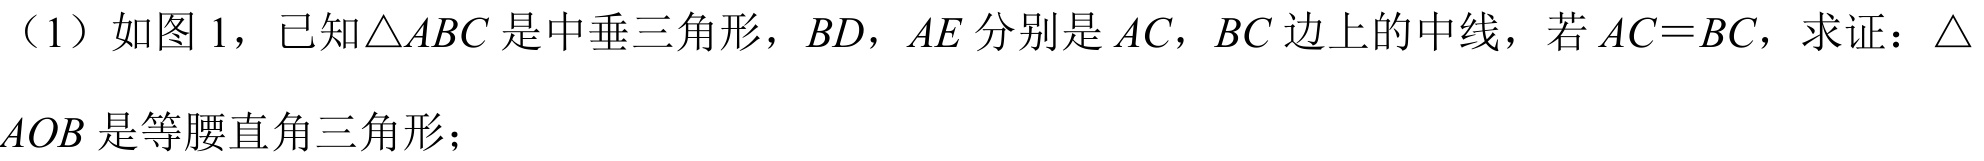
（1）如图 1，已知$\triangle ABC$是中垂三角形，$BD$，$AE$分别是$AC$，$BC$边上的中线，若$AC = BC$，求证：$\triangle$
$AOB$是等腰直角三角形；